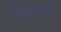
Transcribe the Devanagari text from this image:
डिटरजैन्ट